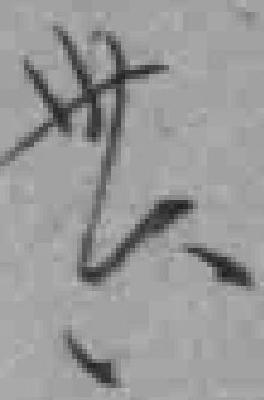
卅六